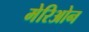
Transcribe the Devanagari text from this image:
मेरिओन